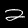
Label: 2